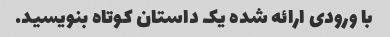
با ورودی ارائه شده یک داستان کوتاه بنویسید.